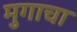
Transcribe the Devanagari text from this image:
मुगाचा